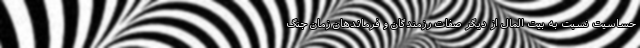
حساسیت نسبت به بیت المال از دیگر صفات رزمندگان و فرماندهان زمان جنگ